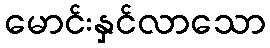
မောင်းနှင်လာသော